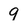
Character: 9